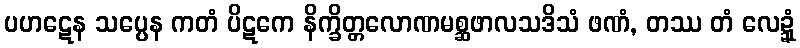
ပဟဋေန သပ္ပေန ကတံ ပိဋကေ နိက္ခိတ္တလောဏမစ္ဆဖာလသဒိသံ ဖဏံ, တဿ တံ လေဍ္ဍုံ